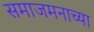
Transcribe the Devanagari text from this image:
समाजमनाच्या